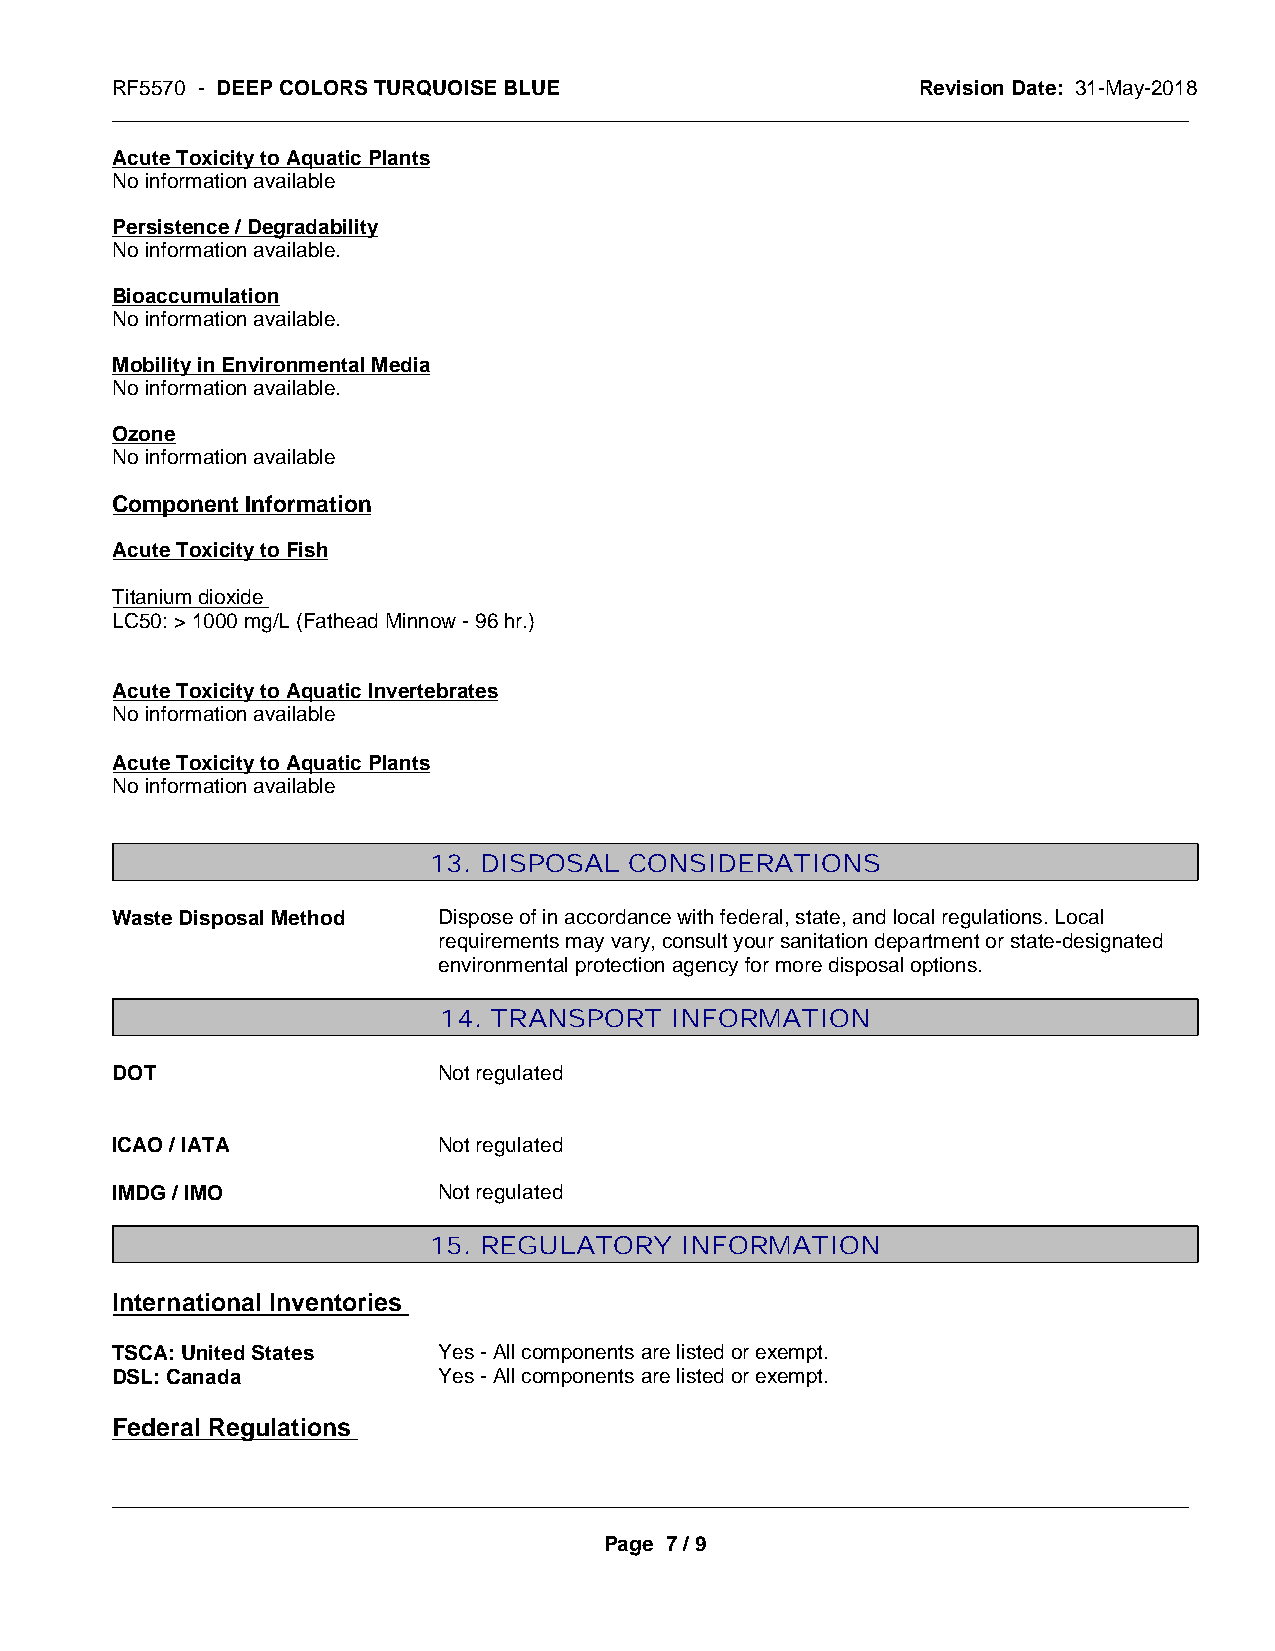
RF5570 - DEEP COLORS TURQUOISE BLUE                   Revision Date: 31-May-2018
 _____________________________________________________________________________________________
 Acute Toxicity to Aquatic Plants
 No information available
 Persistence / Degradability
 No information available.
 Bioaccumulation
 No information available.
 Mobility in Environmental Media
 No information available.
 Ozone
 No information available
 Component Information
 Acute Toxicity to Fish
 Titanium dioxide
 LC50: > 1000 mg/L (Fathead Minnow - 96 hr.)
 Acute Toxicity to Aquatic Invertebrates
 No information available
 Acute Toxicity to Aquatic Plants
 No information available
 13. DISPOSAL  CONSIDERATIONS
 Waste Disposal Method Dispose of in accordance with federal, state, and local regulations. Local
 requirements may vary, consult your sanitation department or state-designated
 environmental protection agency for more disposal options.
 14. TRANSPORT  INFORMATION
 DOT                   Not regulated
 ICAO / IATA           Not regulated
 IMDG / IMO            Not regulated
 15. REGULATORY   INFORMATION
 International Inventories
 TSCA: United States   Yes - All components are listed or exempt.
 DSL: Canada           Yes - All components are listed or exempt.
 Federal Regulations
 _____________________________________________________________________________________________
 Page 7 / 9